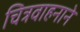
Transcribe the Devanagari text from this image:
चित्रवाहनाने